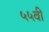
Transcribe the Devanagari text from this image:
५५वीं